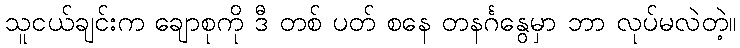
သူငယ်ချင်းက ချောစုကို ဒီ တစ် ပတ် စနေ တနင်္ဂနွေမှာ ဘာ လုပ်မလဲတဲ့။